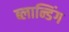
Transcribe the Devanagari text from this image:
ब्लान्डिंग